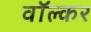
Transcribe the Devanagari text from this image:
वॉल्कर